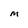
Character: M